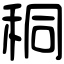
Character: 秱